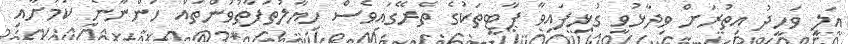
އަލީ ވަހީދު އިތުރަށް ވިދާޅުވީ ގުޅިފައިވާ ޕާޓީތަކުގެ ތެރޭގައިވެސް ހިޔާލުތަފާތުވުންތައް ހުންނާނެ ކަމަށާއި